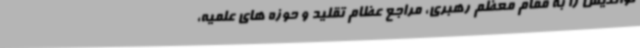
نواندیش را به مقام معظم رهبری، مراجع عظام تقلید و حوزه های علمیه،